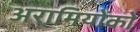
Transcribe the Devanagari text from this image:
अरामियोंको